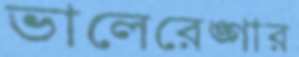
ভালেরেঙ্গার